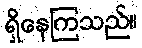
ရှိနေကြသည်။